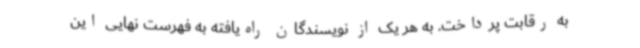
به رقابت پرداخت. به هر یک از نویسندگان راه‌یافته به فهرست نهایی این